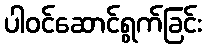
ပါဝင်ဆောင်ရွက်ခြင်း